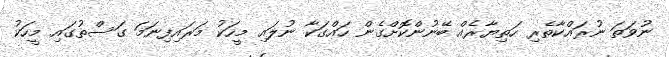
ނުވަތަ ނުރައްކާތެރި ހަތިޔާރެއް ބޭނުންކޮށްގެން ހައްގަކާ ނުލައި މީހަކު މަރައިފިނަމަ ގަސްތުގައި މީހަކު